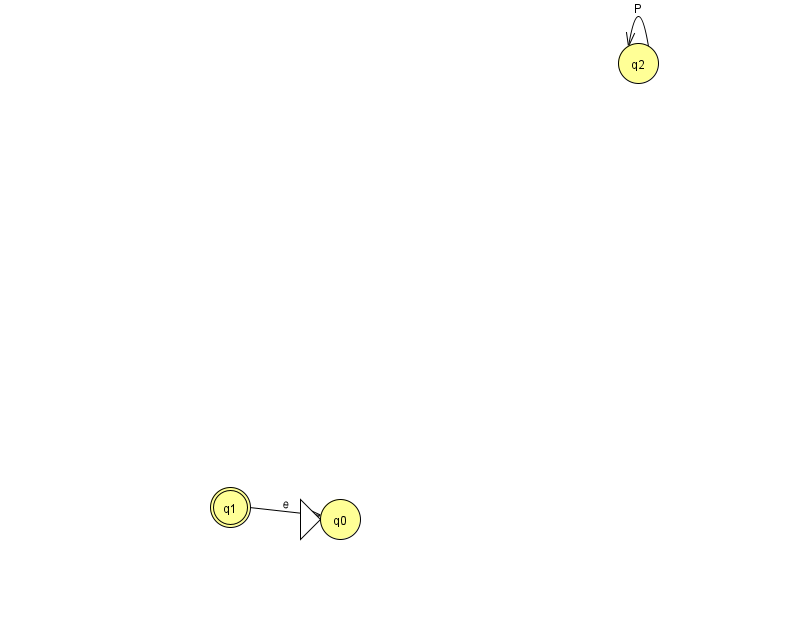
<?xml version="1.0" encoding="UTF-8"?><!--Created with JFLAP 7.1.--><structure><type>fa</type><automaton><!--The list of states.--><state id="0" name="q0"><x>340.0</x><y>506.0</y><initial/></state><state id="1" name="q1"><x>230.0</x><y>494.0</y><final/></state><state id="2" name="q2"><x>638.0</x><y>50.0</y></state><!--The list of transitions.--><transition><from>2</from><to>2</to><read>P</read></transition><transition><from>1</from><to>0</to><read>e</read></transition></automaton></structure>